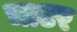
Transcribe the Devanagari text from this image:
चाटर